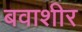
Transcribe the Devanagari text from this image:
बवाशीर